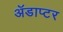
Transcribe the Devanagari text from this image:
ॲडाप्टर